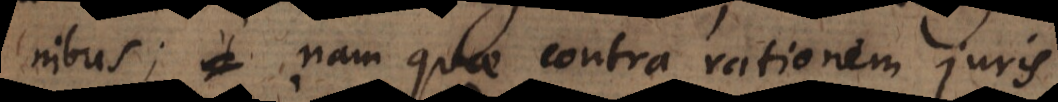
nibus; nam quae contra rationem juris